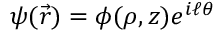
\psi ( { \vec { r } } ) = \phi ( \rho , z ) e ^ { i \ell \theta }